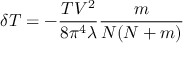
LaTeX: \delta T = - \frac { T V ^ { 2 } } { 8 \pi ^ { 4 } \lambda } \frac { m } { N ( N + m ) }